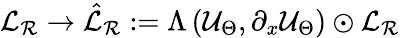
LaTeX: \mathcal{L}_{\mathcal{R}}\rightarrow\hat{\mathcal{L}}_{\mathcal{R}}:=\Lambda\left(\mathcal{U}_{\Theta},\partial_{x}\mathcal{U}_{\Theta}\right)\odot\mathcal{L}_{\mathcal{R}}